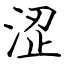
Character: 涩